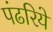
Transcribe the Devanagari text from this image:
पंढरिये